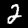
Label: 2